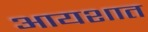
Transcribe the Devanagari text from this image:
आयशात